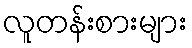
လူတန်းစားများ